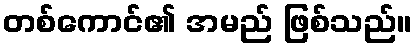
တစ်ကောင်၏ အမည် ဖြစ်သည်။